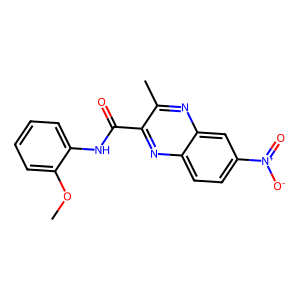
SMILES: COc1ccccc1NC(=O)c1nc2ccc([N+](=O)[O-])cc2nc1C
Inhibits HIV replication: No